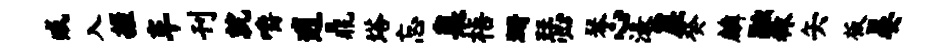
臧入握车刊就嚼逍鼎塔忘臬梧珊瑟琴心渌崖癸麟融秣矢板晏